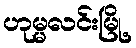
ဟုမ္မလင်းမြို့